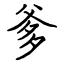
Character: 爹